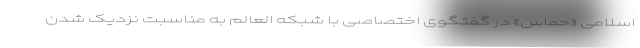
اسلامی «حماس» در گفتگوی اختصاصی با شبکه العالم به مناسبت نزدیک شدن